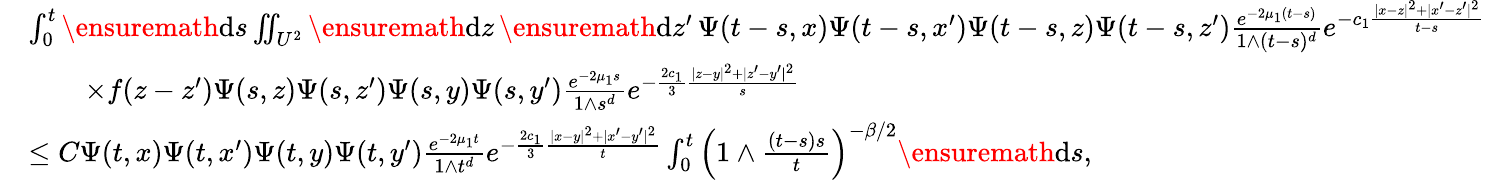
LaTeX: \begin{array}{rl}&{\int_{0}^{t}\ensuremath{\mathrm{d}}s\iint_{U^{2}}\ensuremath{\mathrm{d}}z\, \ensuremath{\mathrm{d}}z^{\prime}\, \Psi(t-s,x)\Psi(t-s,x^{\prime})\Psi(t-s,z)\Psi(t-s,z^{\prime})\frac{e^{-2\mu_{1}(t-s)}}{1\wedge(t-s)^{d}}e^{-c_{1}\frac{|x-z|^{2}+|x^{\prime}-z^{\prime}|^{2}}{t-s}}}\\ &{\qquad\times f(z-z^{\prime})\Psi(s,z)\Psi(s,z^{\prime})\Psi(s,y)\Psi(s,y^{\prime})\frac{e^{-2\mu_{1}s}}{1\wedge s^{d}}e^{-\frac{2c_{1}}{3}\frac{|z-y|^{2}+|z^{\prime}-y^{\prime}|^{2}}{s}}}\\ &{\le C\Psi(t,x)\Psi(t,x^{\prime})\Psi(t,y)\Psi(t,y^{\prime})\frac{e^{-2\mu_{1}t}}{1\wedge t^{d}}e^{-\frac{2c_{1}}{3}\frac{|x-y|^{2}+|x^{\prime}-y^{\prime}|^{2}}{t}}\int_{0}^{t}\left(1\wedge\frac{(t-s)s}{t}\right)^{-\beta/2}\ensuremath{\mathrm{d}}s,}\end{array}